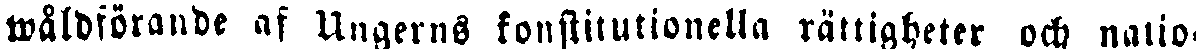
wåldförande af Ungerns konstitutionella rättigheter och natio-